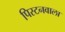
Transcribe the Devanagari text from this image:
पिस्टनवाला